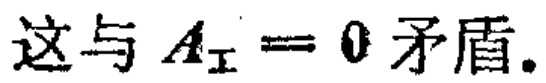
这与 \(A_{\mathrm{I}} = 0\) 矛盾.